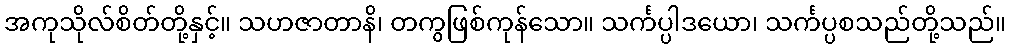
အကုသိုလ်စိတ်တို့နှင့်။ သဟဇာတာနိ၊ တကွဖြစ်ကုန်သော။ သင်္ကပ္ပါဒယော၊ သင်္ကပ္ပစသည်တို့သည်။